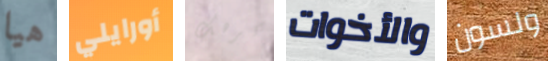
هيا أورايلي أكرهك والأخوات ولسون